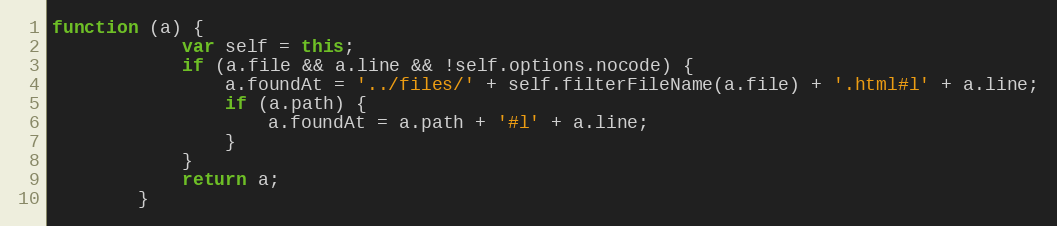
Language: JavaScript
function (a) {
            var self = this;
            if (a.file && a.line && !self.options.nocode) {
                a.foundAt = '../files/' + self.filterFileName(a.file) + '.html#l' + a.line;
                if (a.path) {
                    a.foundAt = a.path + '#l' + a.line;
                }
            }
            return a;
        }